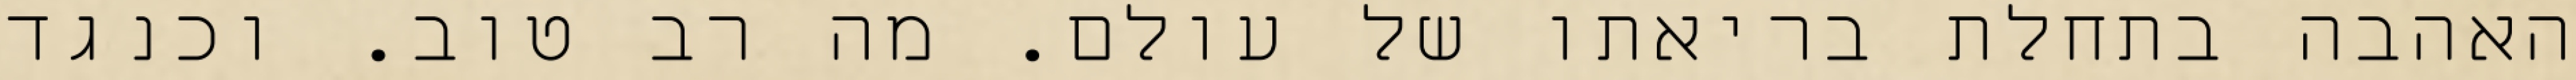
האהבה בתחלת בריאתו של עולם. מה רב טוב. וכנגד